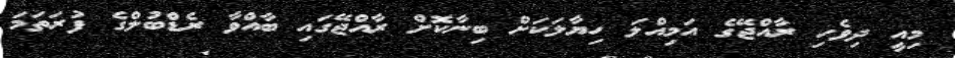
މިއީ ދިވެހި ރާއްޖޭގެ އަމިއްލަ ހިޔާލަކަށް ބިނާކޮށް ރާއްޖޭގައި ބާއްވާ ރެޑްބުލްގެ ފުރަތަމަ